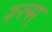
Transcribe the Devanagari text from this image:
रूल्स्